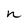
Character: n